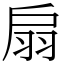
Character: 扇